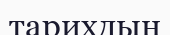
тарихдын